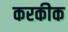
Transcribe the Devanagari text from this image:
करकीक